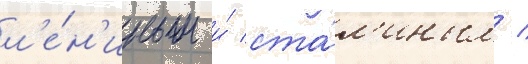
л'е́н'иным и́ ста́л'иным /